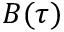
B ( \tau )